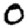
Digit: 0